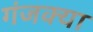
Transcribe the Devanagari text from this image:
गंजक्या